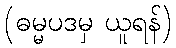
(ဓမ္မပဒမှ ယူရန်)